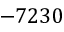
- 7 2 3 0